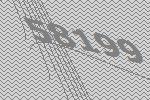
58199